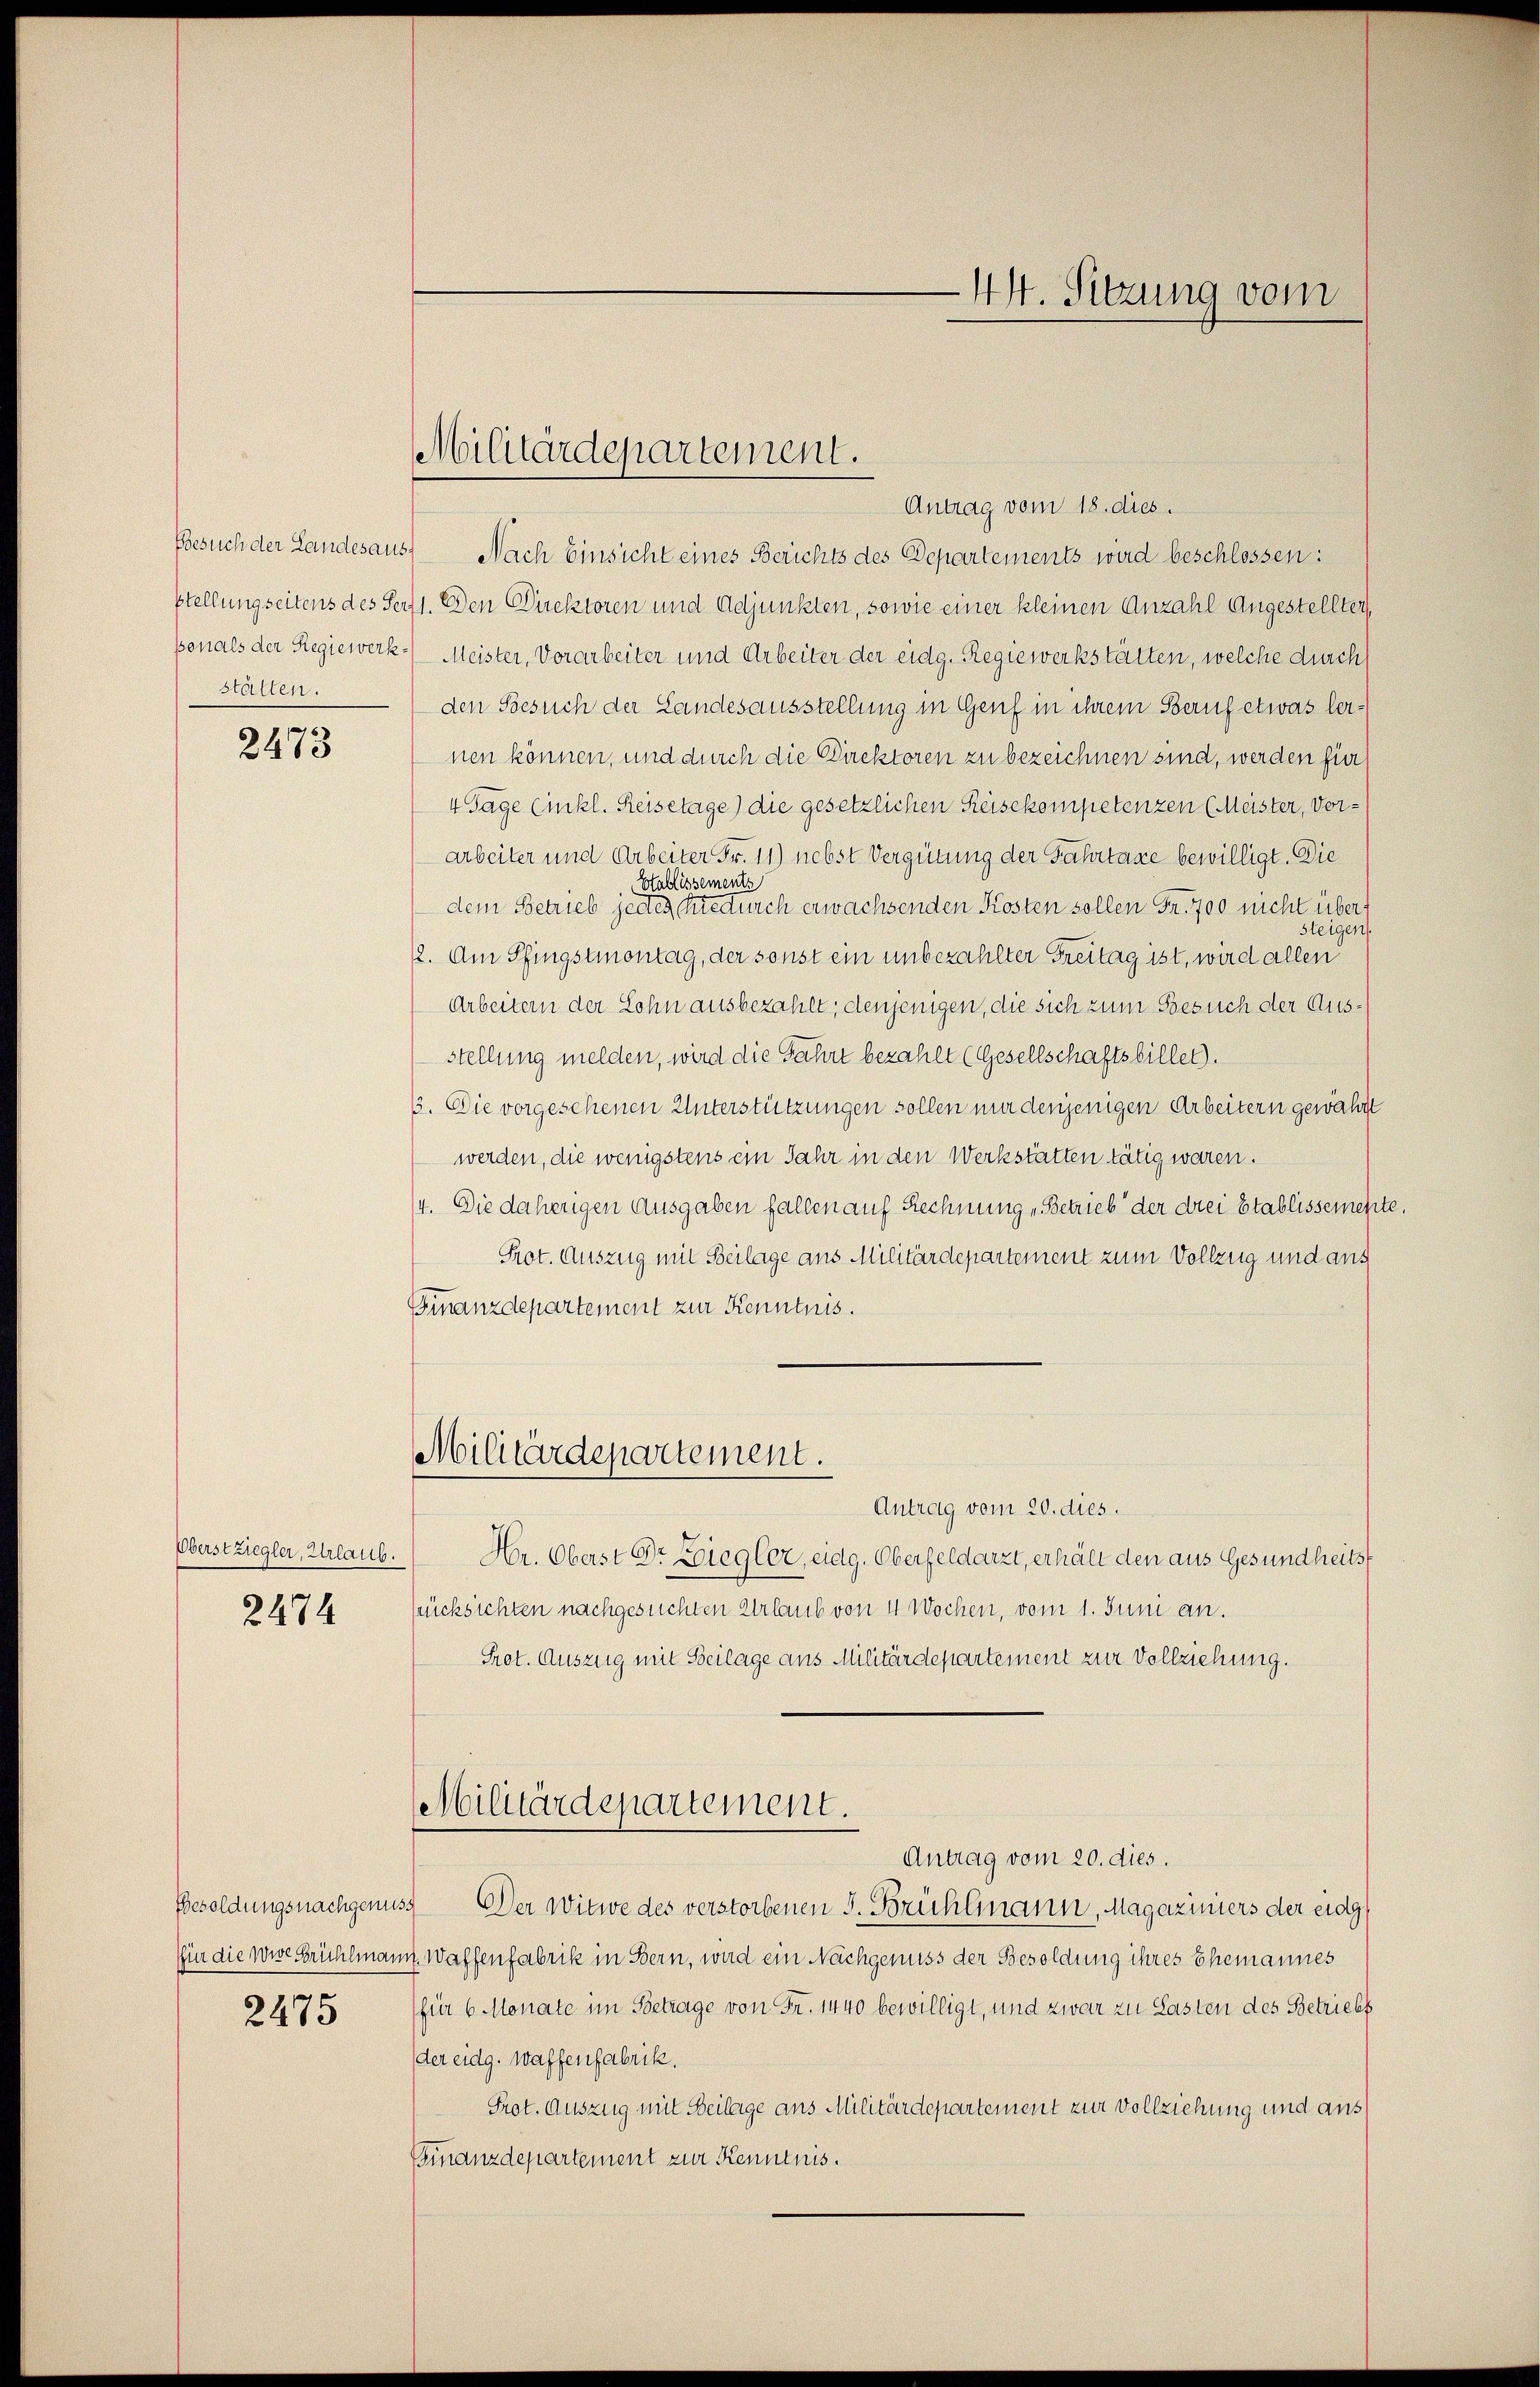
stalten.

2473

Oberst ziegler, Urlaub.
2474

2475

Militärdepartement.

Antrag vom 18. dies.
Besuch der Landesaus. Nach Einsicht eines Berichts des Departements wird beschlossen:
stellungseitens des Herz 1. Den Direktoren und Adjunkten, sowie einer kleinen Anzahl Angestellter
sonals der Regiewerk Meister, Vorarbeiter und Arbeiter der eidg. Regiewerkstätten, welche durch
den Besuch der Landesausstellung in Genf in ihrem Beruf etwas lernen können, und durch die Direktoren zu bezeichnen sind, werden für
4 Tage Einkl. Reisetage) die gesetzlichen Reisekompetenzen (Meister, Vorarbeiter und Arbeiter Fr. 11) nebst Vergütung der Fahrtaxe bewilligt. Die
Stablissements
dem Betrieb jedes tue durch erwachsenden Kosten sollen Fr. 700 nicht über
steigen.
12. Am Pfingstmontag, der sonst ein unbezahlter Freitag ist, wird allen
Arbeitern der Lohn ausbezahlt; denjenigen, die sich zum Besuch der Ausstellung melden, wird die Jahre bezahlt (Gesellschaftsbiller).
33. Die vorgesehenen Unterstützungen sollen mir denjenigen Arbeitern gewährt
werden, die wenigstens ein Jahr in den Werkstätten tätig waren.
/4. Die daherigen Ausgaben fallen auf Rechnung „Betrieb der drei Etablissemen
Prot. Auszug mit Beilage aus Militärdepartement zum Vollzug und aus
Finanzdepartement zur Kenntnis.
Militärdepartement.
Antrag vom 20. dies.
Hr. Oberst Dr Ziegler, eidg. Oberfeldarzt, erhält den aus Gesundheitst
Rücksichten nachgesuchten Urlaub von 4 Wochen, vom 1. Juni an.
Prot. Auszug mit Beilage aus Militärdepartement zur Vollziehung.
Militärdepartement.
Antrag vom 20. dies.
Besoldungsnachgenuss Der Witwe des verstorbenen J. Brühlmann, Magaziniers der eidg
fün die wie Frühlmann Waffenfabrik in Bern, wird ein Nachgenuss der Besoldung ihres Ehemannes
(für 6 Monate im Betrage von Fr. 1440 bewilligt, und zwar zu Lasten des Betriebs
der eidg. Waffenfabrik.
Prot. Auszug mit Beilage aus Militärdepartement zur Vollziehung und aus¬
Finanzdepartement zur Kenntnis.

44. Sitzung vom